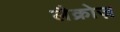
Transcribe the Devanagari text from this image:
लैक्रोज़